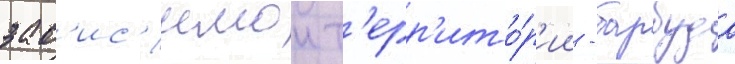
зав'ис'имои т'ерр'ито́р'ии - барбуда